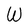
Character: W